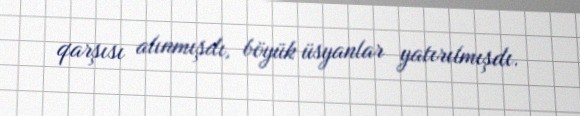
qarşısı alınmışdı, böyük üsyanlar yatırılmışdı.